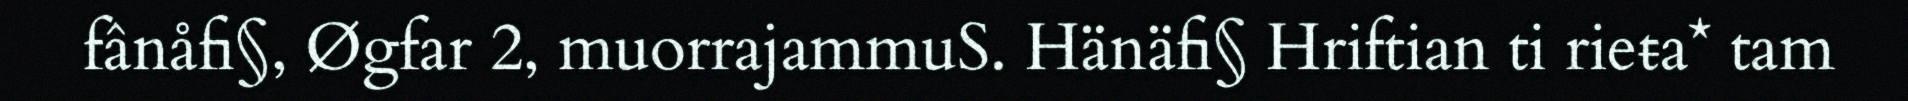
fânåfi§, Øgfar 2, muorrajammuS. Hänäfi§ Hriftian ti rieŧa* tam